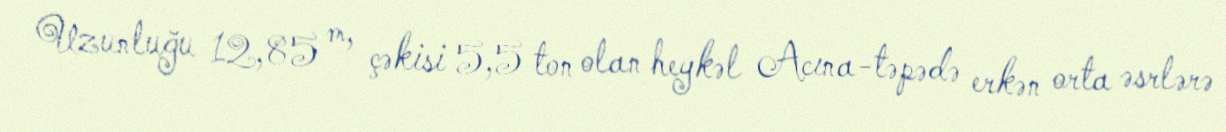
Uzunluğu 12,85 m, çəkisi 5,5 ton olan heykəl Acına-təpədə erkən orta əsrlərə